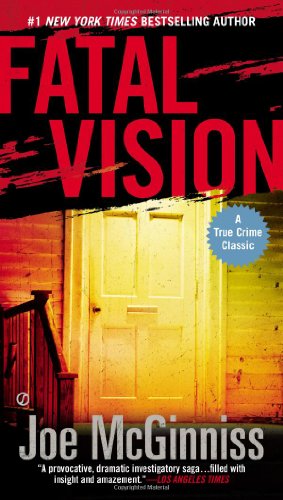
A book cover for Fatal Vision; Joe McGinniss; Biographies & Memoirs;